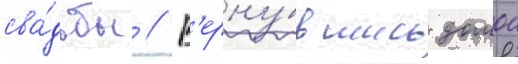
сва́дьбы // В'ерну́вшись домои